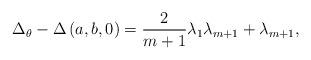
LaTeX: \begin{align*}\Delta_\theta - \Delta \left( a,b,0 \right) = \frac{2}{m+1} \lambda_1 \lambda_{m+1} + \lambda_{m+1} ,\end{align*}